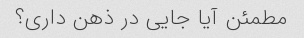
مطمئن آیا جایی در ذهن داری؟